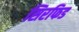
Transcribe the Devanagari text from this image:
सिरफिड